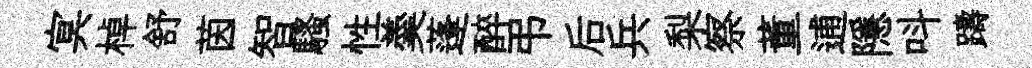
㝠棹舒茵智騷性羮蓬醉弔后兵梨察董逋隱呌躊